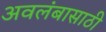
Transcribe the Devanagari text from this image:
अवलंबासाठी